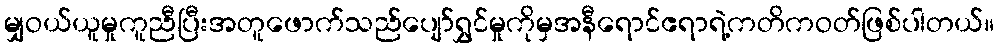
မျှဝယ်ယူမှုကူညီပြီးအတူဖောက်သည်ပျော်ရွှင်မှုကိုမှအနီရောင်ဧရာရဲ့ကတိကဝတ်ဖြစ်ပါတယ်။